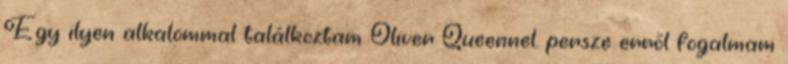
Egy ilyen alkalommal találkoztam Oliver Queennel. persze errõl fogalmam